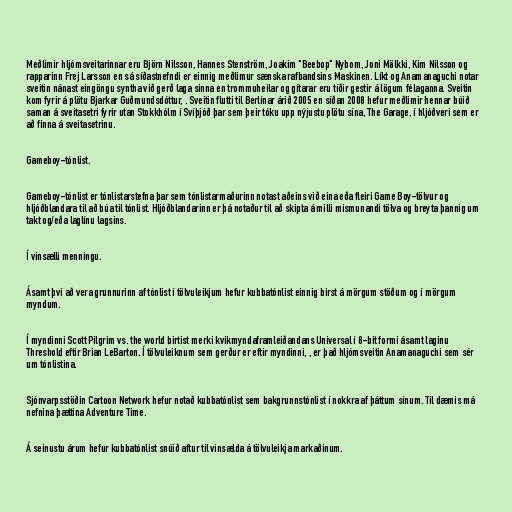
Meðlimir hljómsveitarinnar eru Björn Nilsson, Hannes Stenström, Joakim "Beebop" Nybom, Joni Mälkki, Kim Nilsson og
rapparinn Frej Larsson en sá síðastnefndi er einnig meðlimur sænska rafbandsins Maskinen. Líkt og Anamanaguchi notar
sveitin nánast eingöngu syntha við gerð laga sinna en trommuheilar og gítarar eru tíðir gestir á lögum félaganna. Sveitin
kom fyrir á plötu Bjarkar Guðmundsdóttur, . Sveitin flutti til Berlínar árið 2005 en síðan 2008 hefur meðlimir hennar búið
saman á sveitasetri fyrir utan Stokkhólm í Svíþjóð þar sem þeir tóku upp nýjustu plötu sína, The Garage, í hljóðveri sem er
að finna á sveitasetrinu.

Gameboy-tónlist.

Gameboy-tónlist er tónlistarstefna þar sem tónlistarmaðurinn notast aðeins við eina eða fleiri Game Boy-tölvur og
hljóðblandara til að búa til tónlist. Hljóðblandarinn er þá notaður til að skipta á milli mismunandi tölva og breyta þannig um
takt og/eða laglínu lagsins.

Í vinsælli menningu.

Ásamt því að vera grunnurinn af tónlist í tölvuleikjum hefur kubbatónlist einnig birst á mörgum stöðum og í mörgum
myndum.

Í myndinni Scott Pilgrim vs. the world birtist merki kvikmyndaframleiðandans Universal í 8-bit formi ásamt laginu
Threshold eftir Brian LeBarton. Í tölvuleiknum sem gerður er eftir myndinni, , er það hljómsveitin Anamanaguchi sem sér
um tónlistina.

Sjónvarpsstöðin Cartoon Network hefur notað kubbatónlist sem bakgrunnstónlist í nokkra af þáttum sínum. Til dæmis má
nefnina þættina Adventure Time.

Á seinustu árum hefur kubbatónlist snúið aftur til vinsælda á tölvuleikja markaðinum.